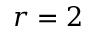
r = 2